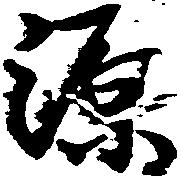
源